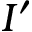
I ^ { \prime }